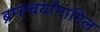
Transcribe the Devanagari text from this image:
ब्रम्ह्चर्यामागिल